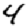
Digit: 4